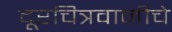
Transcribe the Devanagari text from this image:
दूरचित्रवानीचे